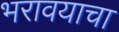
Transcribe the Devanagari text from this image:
भरावयाचा